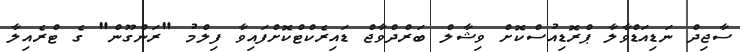
ސާޖިދް ނަޑިއަޑްވާލާ ޕްރޮޑިއުސްކޮށް ވިޝާލް ބަރްދްވާޖް ޑައިރެކްޓްކޮށްފައިވާ ފިލްމު "ރަންގޫން" ގެ ޓްރެއިލާ